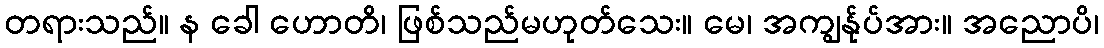
တရားသည်။ န ခေါ ဟောတိ၊ ဖြစ်သည်မဟုတ်သေး။ မေ၊ အကျွန်ုပ်အား။ အညောပိ၊